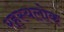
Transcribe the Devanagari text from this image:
रहस्यलोक